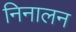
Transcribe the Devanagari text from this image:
निनालन